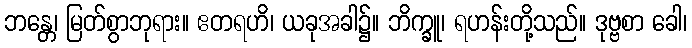
ဘန္တေ၊ မြတ်စွာဘုရား။ ဧတရဟိ၊ ယခုအခါ၌။ ဘိက္ခူ၊ ရဟန်းတို့သည်။ ဒုဗ္ဗစာ ခေါ၊